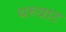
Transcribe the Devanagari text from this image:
थरुवाट